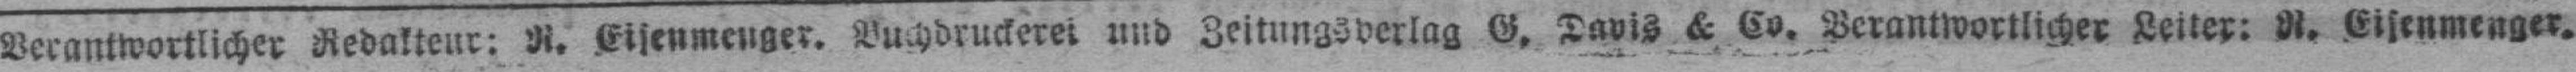
Verantwortlicher Redakteur: N. Eisenmenger. Buchdruckerei und Zeitungsverlag G, Davis & Co. Verantwortlicher Leiter: N. Eisenmenger.